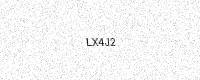
Text: LX4J2